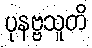
ပုနဗ္ဗသူတိ